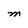
Character: M